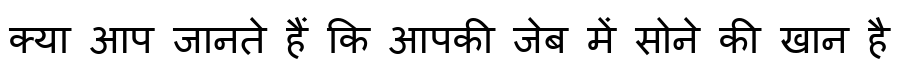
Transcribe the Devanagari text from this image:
क्या आप जानते हैं कि आपकी जेब में सोने की खान है